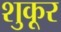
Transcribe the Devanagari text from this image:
शुकूर